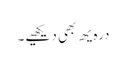
درہ یھ بھی دیکھیے۔